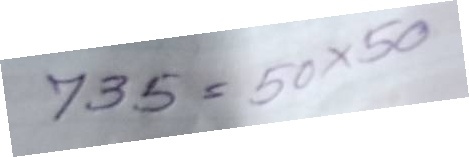
735 = 50x50